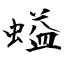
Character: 螠